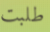
طلبت